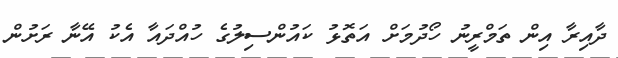
ދާއިރާ އިން ތަމްރީނު ހޯދުމަށް އަތޮޅު ކައުންސިލުގެ ހުއްދައާ އެކު އޭނާ ރަށުން